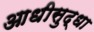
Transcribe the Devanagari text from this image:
आधीसुद्धा